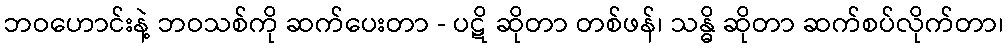
ဘဝဟောင်းနဲ့ ဘဝသစ်ကို ဆက်ပေးတာ - ပဋိ ဆိုတာ တစ်ဖန်၊ သန္ဓိ ဆိုတာ ဆက်စပ်လိုက်တာ၊